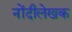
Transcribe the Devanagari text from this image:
नोंदीलेखक